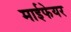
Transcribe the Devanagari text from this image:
माईफेयर